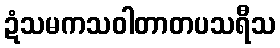
ဍံသမကသဝါတာတပသရီသ